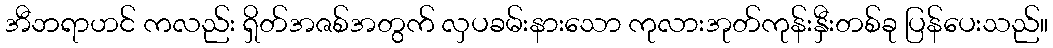
အီဘရာဟင် ကလည်း ရှိတ်အဇစ်အတွက် လှပခမ်းနားသော ကုလားအုတ်ကုန်းနှီးတစ်ခု ပြန်ပေးသည်။